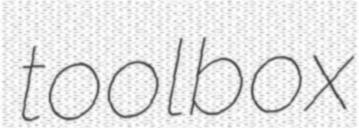
toolbox